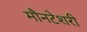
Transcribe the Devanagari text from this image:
मौनटेशरी